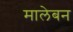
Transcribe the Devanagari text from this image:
मालेबन